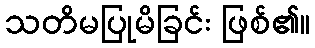
သတိမပြုမိခြင်း ဖြစ်၏။